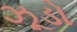
ઝૂડો